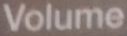
Volume